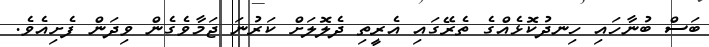
ބަސް ބުނާހައި ހިނދުކޮޅެއްގެ ތެރޭގައި އެރީތި ދެލޮލަށް ކަރުނަ ޖަމާވެގެން ވިދަން ފެށިއެވެ.